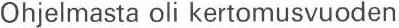
Ohjelmasta oli kertomusvuoden